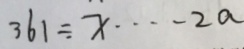
3 6 1 \div x \cdots 2 a